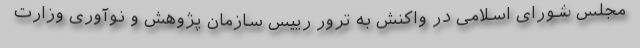
مجلس شورای اسلامی در واکنش به ترور رییس سازمان پژوهش و نوآوری وزارت